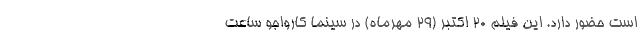
است حضور دارد. این فیلم 20 اکتبر (29 مهرماه) در سینما کارواجو ساعت